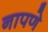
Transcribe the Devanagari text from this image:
नापणे